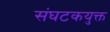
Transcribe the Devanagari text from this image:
संघटकयुक्त